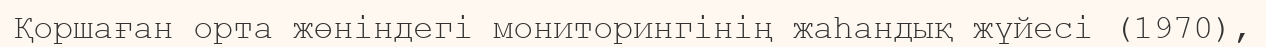
Қоршаған орта жөніндегі мониторингінің жаһандық жүйесі (1970),